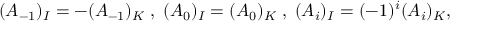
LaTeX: ( A _ { - 1 } ) _ { I } = - ( A _ { - 1 } ) _ { K } \; , \; ( A _ { 0 } ) _ { I } = ( A _ { 0 } ) _ { K } \; , \; ( A _ { i } ) _ { I } = ( - 1 ) ^ { i } ( A _ { i } ) _ { K } ,